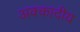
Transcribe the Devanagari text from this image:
अक्कादीय